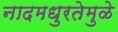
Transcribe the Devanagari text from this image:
नादमधुरतेमुळे